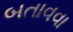
બતાવવા